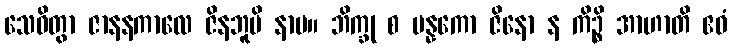
သေဝိတွာ ဇာနနကာလေ ဇိနဘူမိ နာမ။ ဘိက္ခု စ ပန္နကော ဇိနော န ကိဉ္စိ အာဟာတိ ဧဝံ